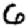
Digit: 6